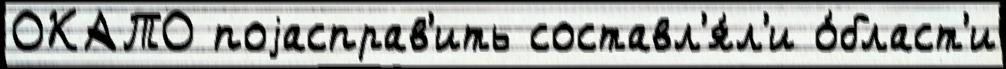
ОКАТО поjасправ'ить составл'я́л'и о́бласт'и